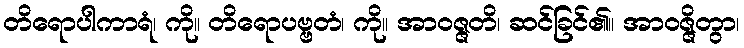
တိရောပါကာရံ၊ ကို။ တိရောပဗ္ဗတံ၊ ကို။ အာဝဇ္ဇတိ၊ ဆင်ခြင်၏။ အာဝဇ္ဇိတွာ၊